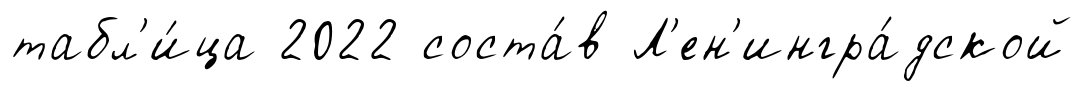
табл'и́ца 2022 соста́в Л'ен'ингра́дской